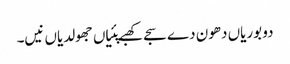
دو بوریاں دھون دے سجے کھبے پئیاں جھولدیاں نیں۔